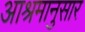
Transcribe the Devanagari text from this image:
आश्रमानुसार